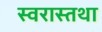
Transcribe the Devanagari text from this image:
स्वरास्तथा